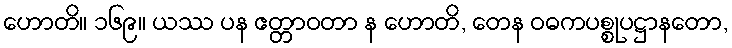
ဟောတိ။ ၁၆၉။ ယဿ ပန ဧတ္တာဝတာ န ဟောတိ, တေန ဝဓကပစ္စုပဋ္ဌာနတော,